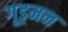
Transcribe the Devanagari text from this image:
गूड्मन